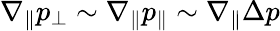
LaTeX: \nabla_{\| }p_{\perp}\sim\nabla_{\| }p_{\| }\sim\nabla_{\| }\Delta p